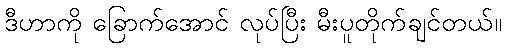
ဒီဟာကို ခြောက်အောင် လုပ်ပြီး မီးပူတိုက်ချင်တယ်။